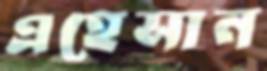
এহেসান